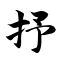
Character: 抒